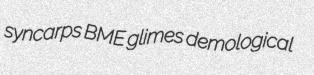
syncarps BME glimes demological